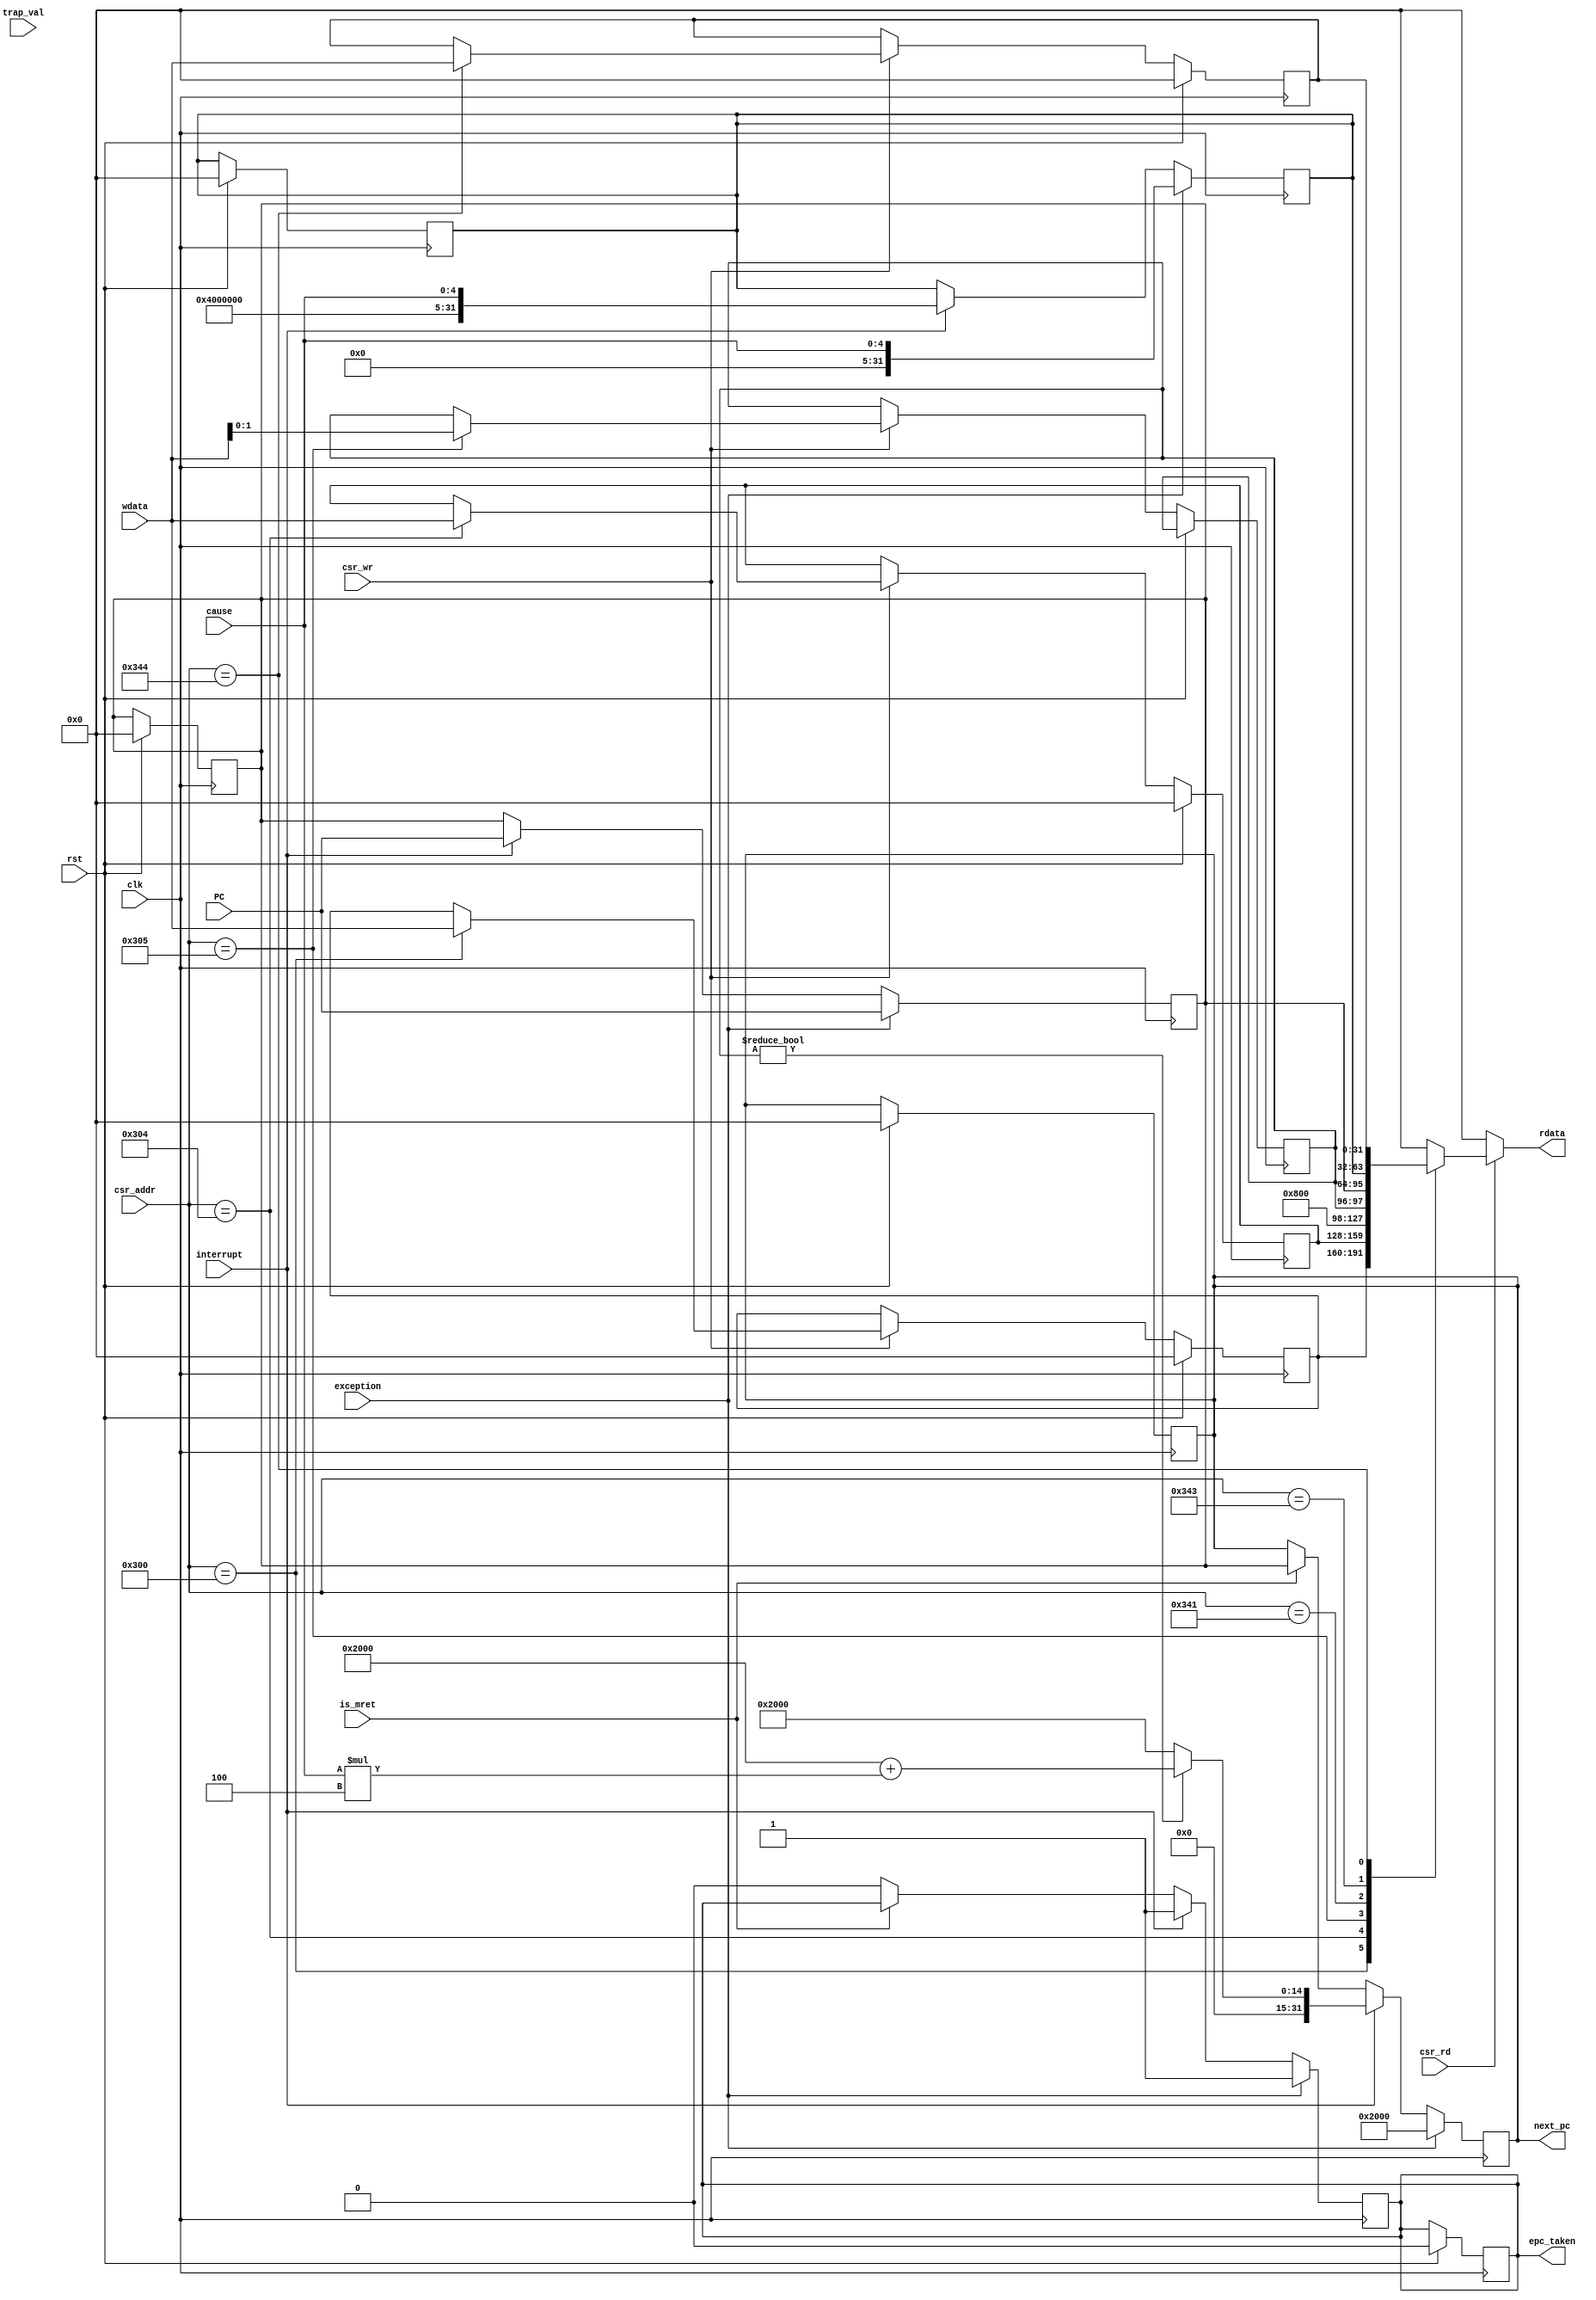

`timescale 1ns / 1ps
module CSR_RegFile(
    input wire clk, rst, csr_wr, csr_rd, is_mret,
    input wire [11:0] csr_addr,
    input wire [31:0] wdata, PC, trap_val,
    input wire exception,
    input wire interrupt, //vectored async interrupt
    input wire [4:0] cause,
    output reg epc_taken, //error pc taken or not
    output reg [31:0] rdata, next_pc
);

    reg [31:0] mvendorid = 0, marchid = 0 ;//processor information
    reg [31:0] mepc, mtvec , mcause, mtval;//exception
    reg [31:0] mstatus = 0, mie = 0, mip = 0;//interrupt not implemented
    initial begin
        mtvec = {30'd2048, 2'b0};
    end

    always @(posedge clk) begin
        if (rst) begin
            mepc    <= 0;
            mcause  <= 0;
            mtval   <= 0;
            mstatus <= 0; //set vale according to requirement
            mie     <= 0; //set vale according to requirement
            mip     <= 0; //set vale according to requirement
            next_pc <= 0;
            epc_taken <= 0;
        end
        else if (csr_wr) begin
            case (csr_addr)
                12'h304: mie     <= wdata;//need to add write restrictions
                12'h344: mip     <= wdata;//need to add write restrictions
                12'h305: mtvec[1:0]   <= wdata[1:0];
                12'h300: mstatus <= wdata;//need to add write restrictions
            endcase
        end
    end

    always @* begin
        rdata = 0;
        if (csr_rd) begin
            case (csr_addr)
                12'hf11: rdata = mvendorid;
                12'hf12: rdata = marchid;
                12'h300: rdata = mstatus;
                12'h304: rdata = mie;
                12'h305: rdata = mtvec;
                12'h341: rdata = mepc;
                12'h343: rdata = mcause;
                12'h343: rdata = mtval;
                12'h344: rdata = mip;

            endcase
        end
    end

    always @(negedge clk) begin
        if (exception) begin
            mepc = PC;
            mcause = {27'b0, cause};
            next_pc = {mtvec[31:2], 2'b0};
            mtval = trap_val;//address of faulty instruction
            epc_taken = 1;
            $display("Exception alert, atleast learn to write proper code");
            $monitor("Simtime = %g, mepc = %h, mcause = %h, mtval = %b, next_pc = %h", $time , mepc, mcause, mtval, next_pc);
        end
        else if (interrupt ) begin //vectored interrupt
            mepc = PC;
            mcause = {1'b1, 26'b0, cause};
            //mstatus mie mip
            if(mtvec[1:0]) begin
                next_pc = {mtvec[31:2],2'b0} + {27'b0,cause}*4;
            end
            else begin
                next_pc = {mtvec[31:2],2'b0};
            end
            epc_taken = 1;
            
        end 
        else if (is_mret) begin
            next_pc = mepc;
        end
        else epc_taken = 0;
    end
endmodule